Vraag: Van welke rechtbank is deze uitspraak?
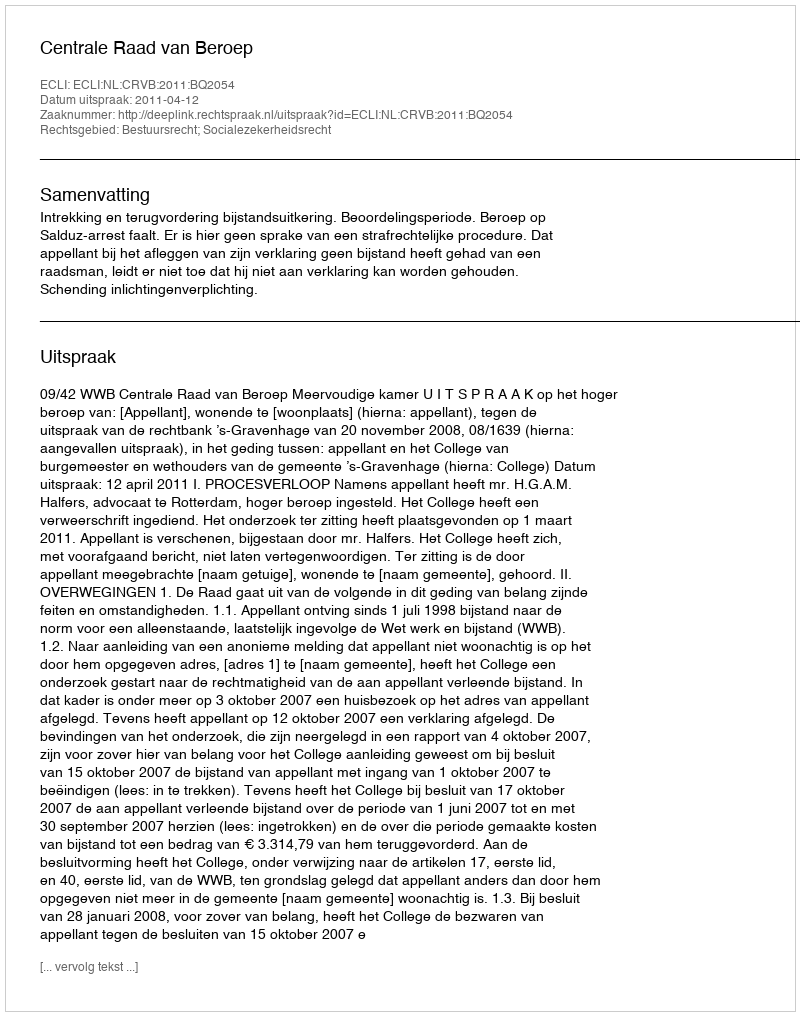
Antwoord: Centrale Raad van Beroep